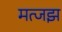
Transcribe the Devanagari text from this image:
मत्जझ